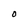
Character: O